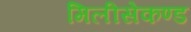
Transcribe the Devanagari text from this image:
मिलीसेकण्ड